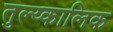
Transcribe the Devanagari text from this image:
तुल्य्कालिक